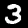
Label: 3